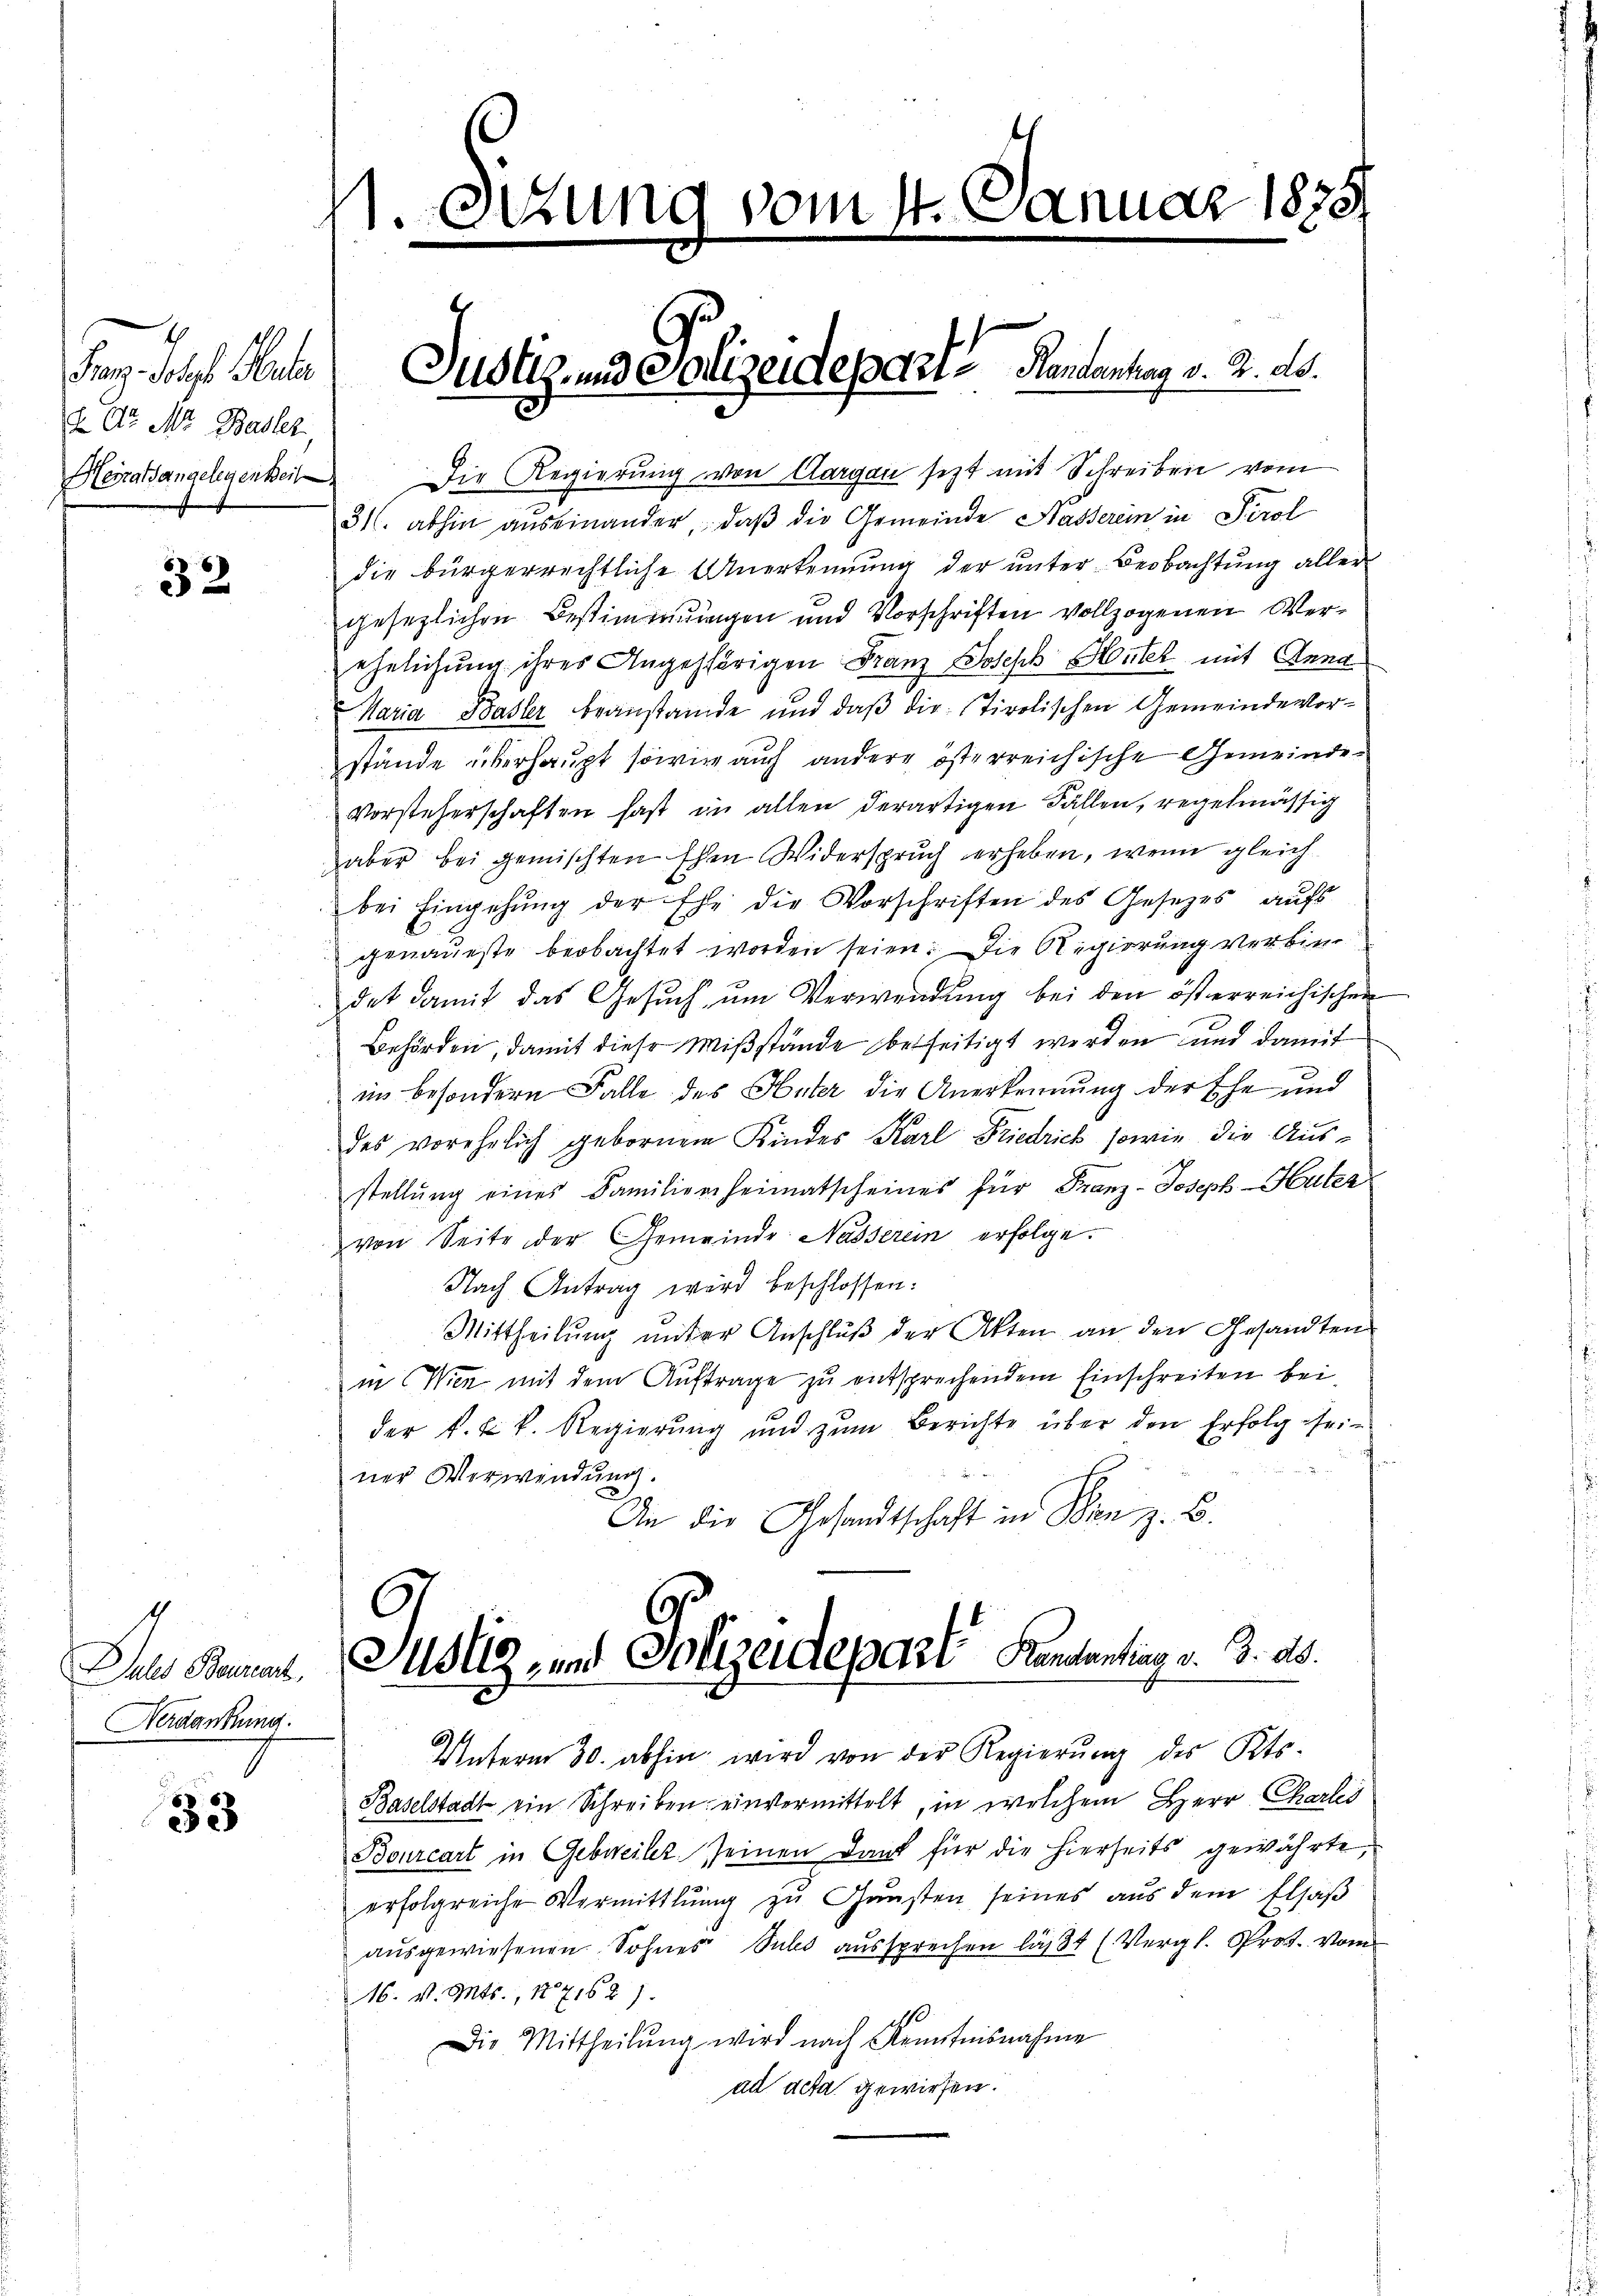
Tage des bet
d Dr. Mt. Basler
Heiratsangelegenheit

32

Verdankung.

33

Die Regierung von Aargau setzt mit Schreiben vom
31. abhin auseinander, daβ die Gemeinde Hasserein in Tirol
die bürgerrechtliche Anerkennung der unter Beobachtung aller
gesezlichen Bestimmungen und Vorschriften vollzogenen Verehelichung ihres Angehörigen Franz Joseph Hüter mit Anna
Maria Basler beanstande und daß die Tirolischen Gemeindevorstände überhaupt sowie auch andere österreichische Gemeinde¬
Vorsteherschaften fast in allen derartigen Fällen, regelmässig
aber bei gemischten Ehen Widerspruch erheben, wenn gleich
bei Eingehŭng der Ehe die Vorschriften des Gesetzes aŭfs
genaueste beobachtet worden seien. Die Regierung verbindet damit das Gesuch, um Verwendung bei den österreichischen
Behörden, damit diese Mißstände besseitigt werden und damit
im besondern Falle des Huter die Anerkennung der Ehe und
des vorehelich gebornem Kindes Karl Friedrich, sowie die Aus-
stellŭng eines Familienheimatscheines für Franz-Joseph Huter
von Seite der Gemeinde Nasserein erfolge.
Nach Antrag wird beschlossen:
Mittheilung unter Anschluß der Akten an den Gesandten
in Wien mit dem Auftrage zu entsprechendem Einschreiten bei,
der k. k. k. Regierung und zum Berichte über den Erfolg seiner Verwendung.
An die Gesandtschaft in Wien z. B.

1. C

Justiz- und Polizeideparte Handenhag v. 2. ds.
E

Sitzung vom 14. Januar 1875

In Sammer Justiz- und Polizeidepart Kantontag v. 3. d.
Unterm 30. abhin wird von der Regierŭng des Kts.

Baselstadt ein Schreiben einvermittelt, in welchem Herr Charlei
Bourcart in Gebreiter seinen Dank für die hierseits gewährte,
erfolgreiche Vermittlung zŭ Gŭnsten seines aus dem Elsaβ
ausgewiesenen Sohnes Subs aussprechen läßt (Vergl. Prof. Vom
16. v. Mts., 1871621.
Die Mittheilŭng wird nach Kenntnisnahme
ad acta gewiesen.